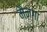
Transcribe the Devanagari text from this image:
मैन्गा